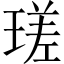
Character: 瑳